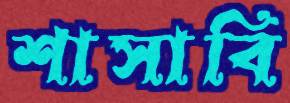
শাসাবি